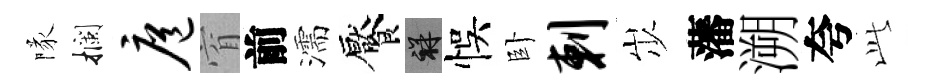
隊攔扈窅前濡饜祥悞卧剌𡵯藩溯夸𬼘